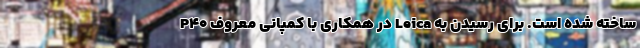
P40 در همکاری با کمپانی معروف Leica ساخته شده است. برای رسیدن به